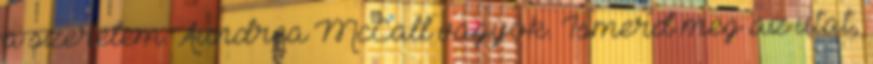
a szerelem. Aundrea McCall vagyok. Ismerd meg az utat,